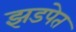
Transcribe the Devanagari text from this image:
झडपेत